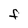
Character: F